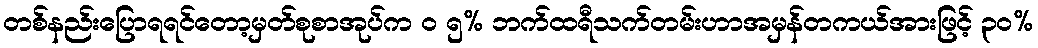
တစ်နည်းပြောရရင်တော့မှတ်စုစာအုပ်က ၀ ၅% ဘက်ထရီသက်တမ်းဟာအမှန်တကယ်အားဖြင့် ၃၀%